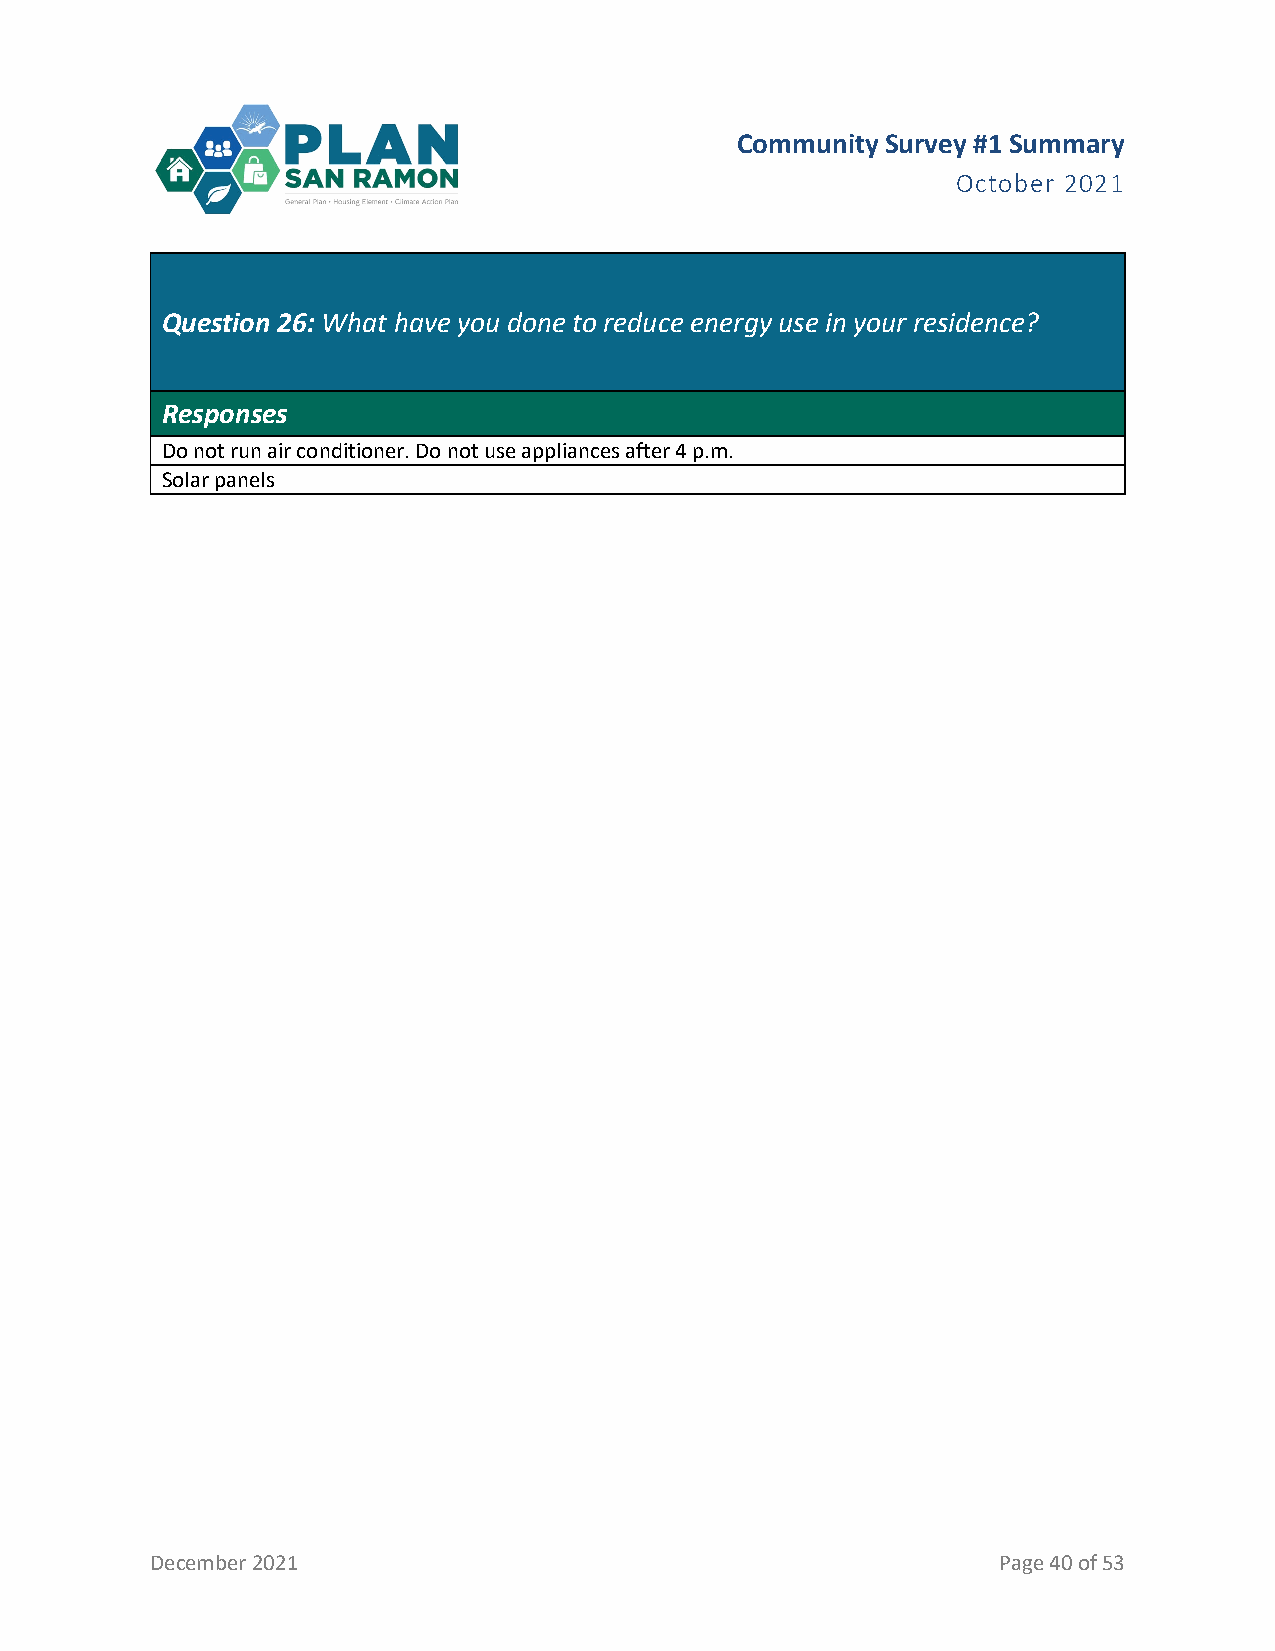
Community Survey #1 Summary
 October 2021
 Question 26: What have you done to reduce energy use in your residence?
 Responses
 Do not run air conditioner. Do not use appliances after 4 p.m.
 Solar panels
 December 2021                                           Page 40 of 53